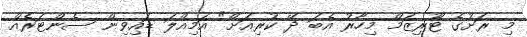
މި ރަށުގެ ޓޫރިޒަމް މިހާރު އެބަ ދޭ ކުރިއަށް" އަމިއްލަ ޑައިވިން ސެންޓަރެއް